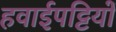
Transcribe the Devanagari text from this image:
हवाईपट्टियों